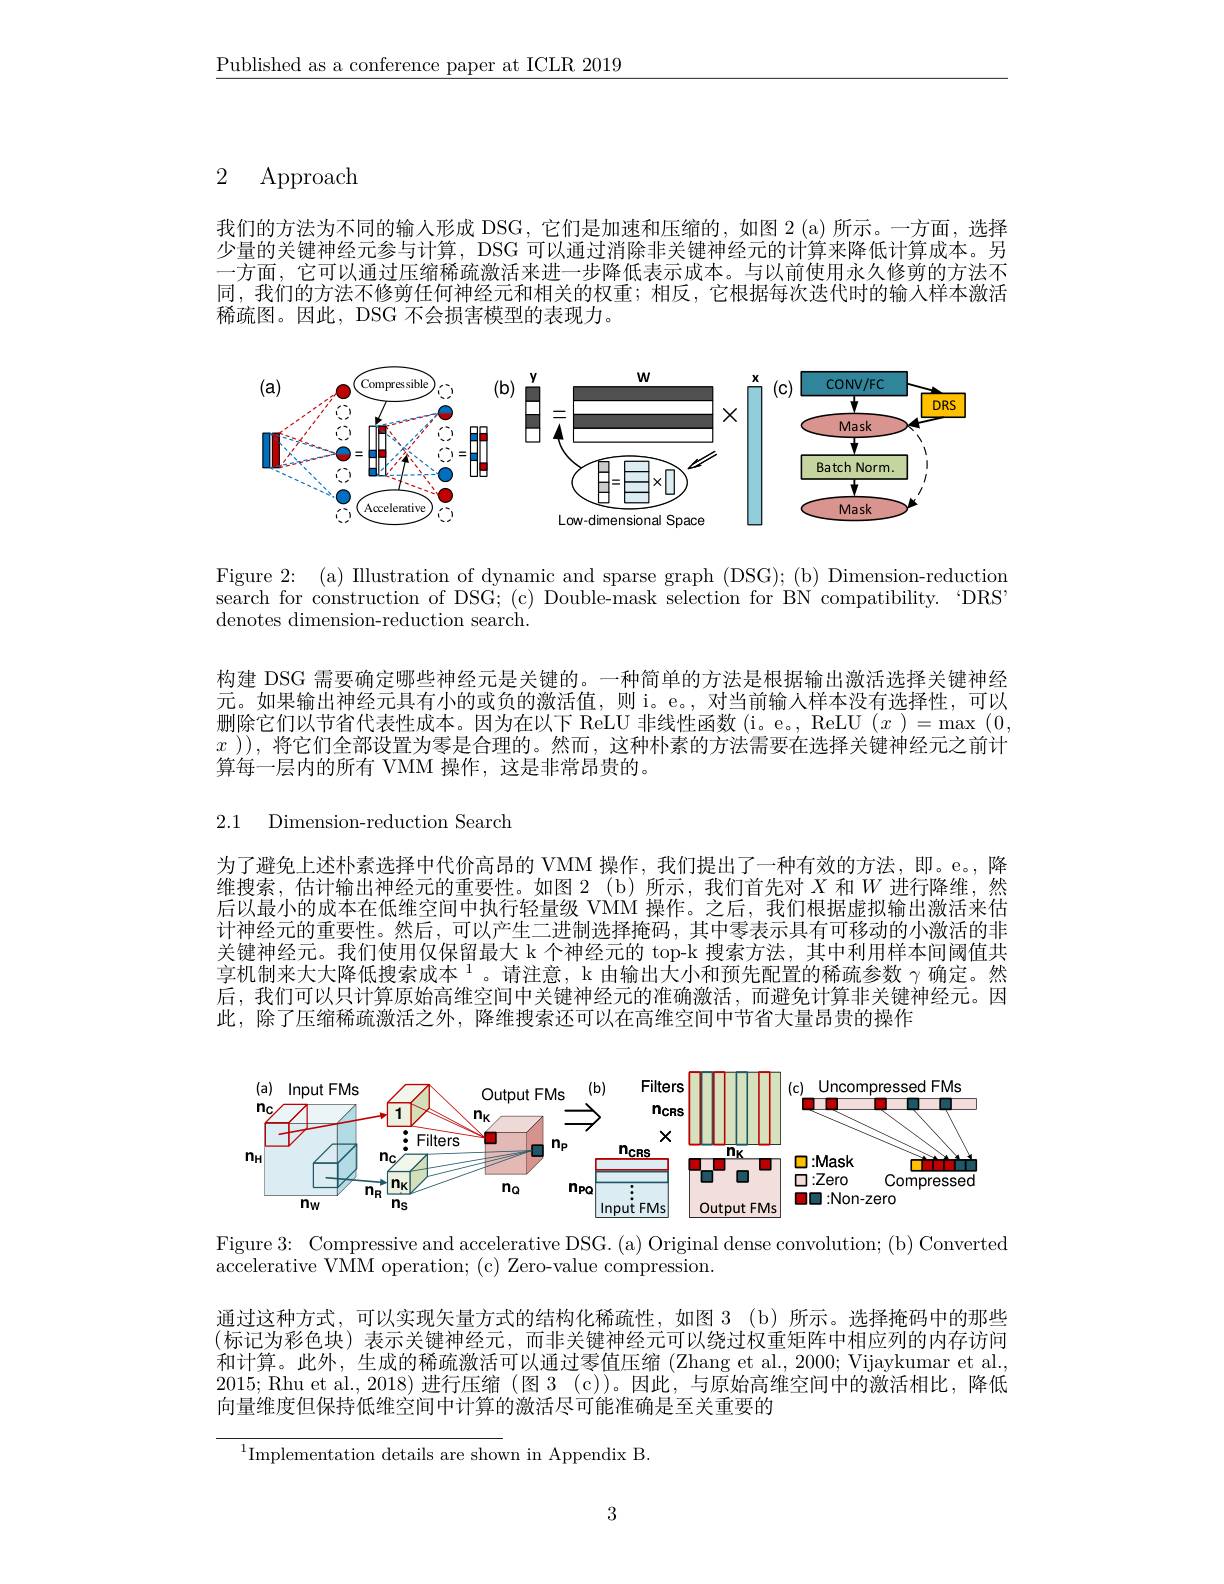
$\underline{\text{Published as a conference paper at ICLR 2019}}$

## 2 Approach

我们的方法为不同的输入形成 DSG, 它们是加速和压缩的，如图 2 (a)所示。一方面，选择少量的关键神经元参与计算，DSG 可以通过消除非关键神经元的计算来降低计算成本。另一方面，它可以通过压缩稀疏激活来进一步降低表示成本。与以前使用永久修剪的方法不同，我们的方法不修剪任何神经元和相关的权重；相反，它根据每次迭代时的输入样本激活稀疏图。因此，DSG 不会损害模型的表现力。

<FigureHere>

Figure 2: (a) Illustration of dynamic and sparse graph (DSG); (b) Dimension-reduction search for construction of DSG; (c) Double-mask selection for BN compatibility. ‘DRS" denotes dimension-reduction search.

构建 DSG 需要确定哪些神经元是关键的。一种简单的方法是根据输出激活选择关键神经元。如果输出神经元具有小的或负的激活值，则 i。e。,对当前输入样本没有选择性，可以删除它们以节省代表性成本。因为在以下 ReLU 非线性函数 (i。e。, ReLU $(x)=\max(0$, $x$ )),将它们全部设置为零是合理的。然而，这种朴素的方法需要在选择关键神经元之前计算每一层内的所有 VMM 操作，这是非常昂贵的。

2.1 Dimension-reduction Search

为了避免上述朴素选择中代价高昂的 VMM 操作，我们提出了一种有效的方法，即。e。,降维搜索，估计输出神经元的重要性。如图2(b)所示，我们首先对$X$和$W$进行降维，然后以最小的成本在低维空间中执行轻量级 VMM 操作。之后，我们根据虚拟输出激活来估计神经元的重要性。然后，可以产生二进制选择掩码，其中零表示具有可移动的小激活的非关键神经元。我们使用仅保留最大 k 个神经元的 top-k 搜索方法，其中利用样本间阈值共享机制来大大降低搜索成本$^{1}$。请注意，k 由输出大小和预先配置的稀疏参数 $\gamma$ 确定。然后，我们可以只计算原始高维空间中关键神经元的准确激活，而避免计算非关键神经元。因此，除了压缩稀疏激活之外，降维搜索还可以在高维空间中节省大量昂贵的操作

<FigureHere>

Figure 3{:} Compressive and accelerative DSG.(a) Original dense convolution; (b) Converted
$\bar{\text{accelerative VMM operation; (c) Zero-value compression.}}$

通过这种方式，可以实现矢量方式的结构化稀疏性，如图 3 (b) 所示。选择掩码中的那些(标记为彩色块)表示关键神经元，而非关键神经元可以绕过权重矩阵中相应列的内存访问和计算。此外，生成的稀疏激活可以通过零值压缩(Zhang et al., 2000; Vijaykumar et al., 2015; Rhu et al., 2018) 进行压缩 (图 3 (c))。因此，与原始高维空间中的激活相比，降低向量维度但保持低维空间中计算的激活尽可能准确是至关重要的

$^{1}$Implementation details are shown in Appendix B.

3